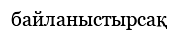
байланыстырсақ